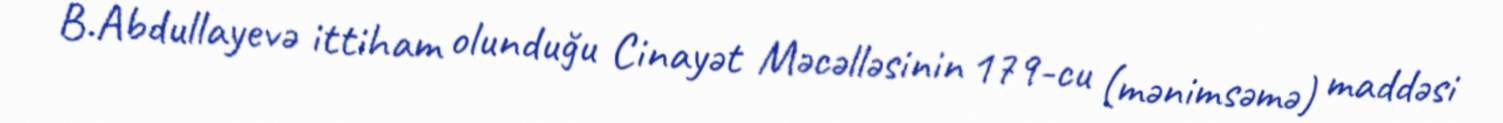
B.Abdullayevə ittiham olunduğu Cinayət Məcəlləsinin 179-cu (mənimsəmə) maddəsi